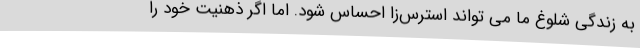
به زندگی شلوغ ما می تواند استرس‌زا احساس شود. اما اگر ذهنیت خود را